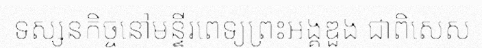
ទស្សនកិច្ចនៅមន្ទីរពេទ្យព្រះអង្គឌួង ជាពិសេស